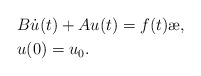
\begin{align*}& B \dot{u}(t)+ A u(t) =f(t) \ae, \\& u(0)=u_0. \end{align*}